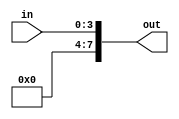
module sign_extend_8bit(in,out);
input [3:0] in;
output [7:0] out;
assign out = {4'b0,in};

endmodule